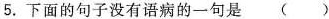
5.下面的句子没有语病的一句是 ( )